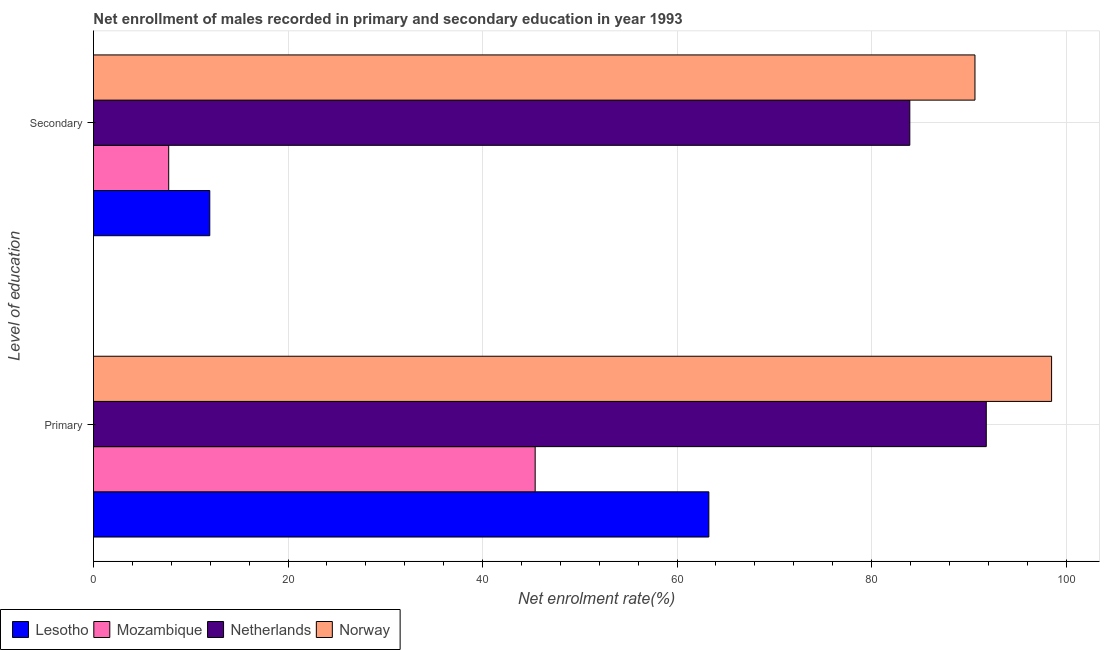
| Level of education | Lesotho | Mozambique | Netherlands | Norway |
 | --- | --- | --- | --- | --- |
 | Primary | 63.3 | 45.4 | 91.8 | 98.5 |
 | Secondary | 12 | 7.73 | 83.9 | 90.6 |